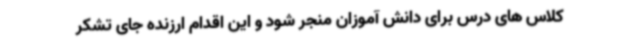
کلاس های درس برای دانش آموزان منجر شود و این اقدام ارزنده جای تشکر